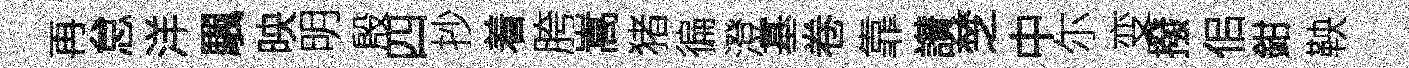
再怠洋颿映明殷四抄着胯嵩猪徧澄基卷靠讃椘中尓变撥佀鉗鞅